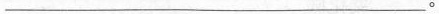
___。